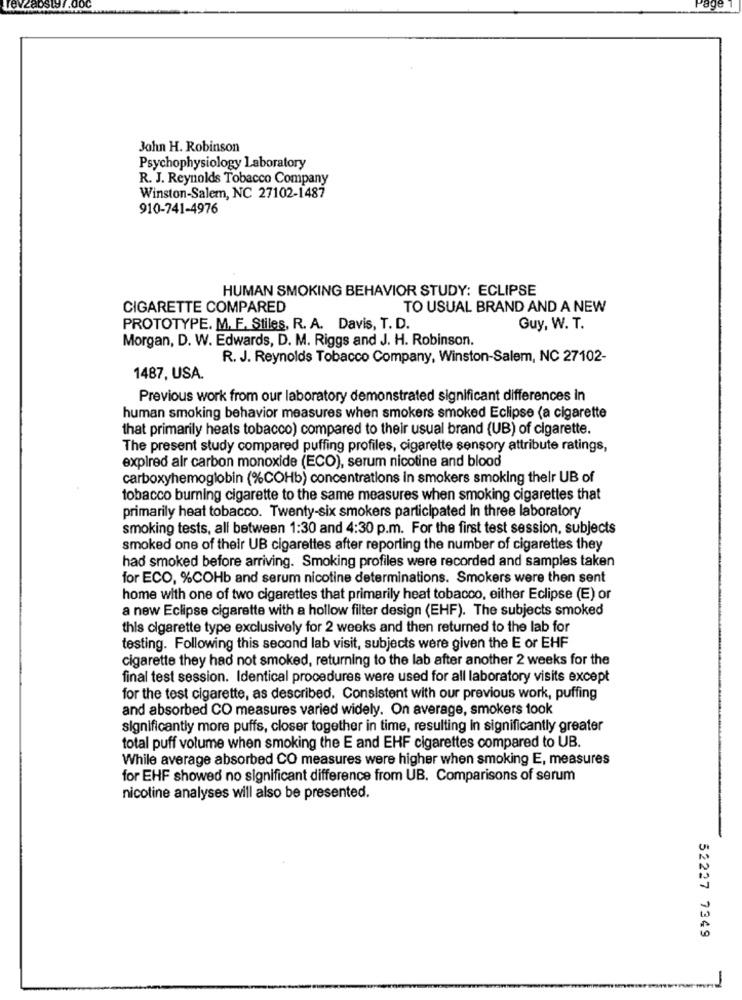
John H. Robinson
Psychophysiology Laboratory
R. J. Reynolds Tobacco Company
Winston-Salem, NC 27102-1487
910-741-4976
HUMAN SMOKING BEHAVIOR STUDY: ECLIPSE
CIGARETTE COMPARED
TO USUAL BRAND AND A NEW
PROTOTYPE. M. F. Stiles, R. A. Davis, T. D.
Guy, W. T.
Morgan, D. W. Edwards, D. M. Riggs and J. H. Robinson.
R. J. Reynolds Tobacco Company, Winston-Salem, NC 27102-
1487, USA.
Previous work from our laboratory demonstrated significant differences in
human smoking behavior measures when smokers smoked Eclipse (a cigarette
that primarily heats tobacco) compared to their usual brand (UB) of cigarette.
The present study compared puffing profiles, cigarette sensory attribute ratings,
expired alr carbon monoxide (ECO), serum nicotine and blood
carboxyhemoglobin (%COHb) concentrations in smokers smoking their UB of
tobacco burning cigarette to the same measures when smoking cigarettes that
primarily heat tobacco. Twenty-six smokers participated in three laboratory
smoking tests, all between 1:30 and 4:30 p.m. For the first test session, subjects
smoked one of their UB cigarettes after reporting the number of cigarettes they
had smoked before arriving. Smoking profiles were recorded and samples taken
for ECO, %COHb and serum nicotine determinations. Smokers were then sent
home with one of two cigarettes that primarily heat tobacco, either Eclipse (E) or
a new Eclipse cigarette with a hollow filter design (EHF). The subjects smoked
this cigarette type exclusively for 2 weeks and then returned to the lab for
testing. Following this second lab visit, subjects were given the E or EHF
cigarette they had not smoked, returning to the lab after another 2 weeks for the
final test session. Identical procedures were used for all laboratory visits except
for the test cigarette, as described. Consistent with our previous work, puffing
and absorbed CO measures varied widely. On average, smokers took
significantly more puffs, closer together in time, resulting in significantly greater
total puff volume when smoking the E and EHF cigarettes compared to UB.
While average absorbed CO measures were higher when smoking E, measures
for EHF showed no significant difference from UB. Comparisons of serum
nicotine analyses will also be presented.
52227 7349